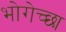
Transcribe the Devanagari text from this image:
भोगेच्छा